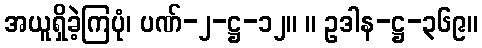
အယူရှိခဲ့ကြပုံ၊ ပဏ်-၂-ဋ္ဌ-၁၂။ ။ ဥဒါန-ဋ္ဌ-၃၆၉။